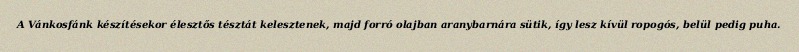
A Vánkosfánk készítésekor élesztős tésztát kelesztenek, majd forró olajban aranybarnára sütik, így lesz kívül ropogós, belül pedig puha.